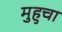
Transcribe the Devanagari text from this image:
मुहुचा